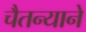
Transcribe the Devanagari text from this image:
चैतन्याने